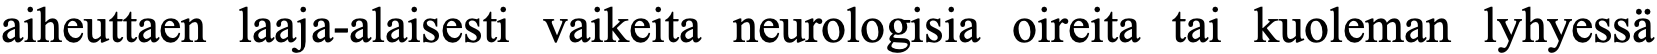
aiheuttaen laaja-alaisesti vaikeita neurologisia oireita tai kuoleman lyhyessä